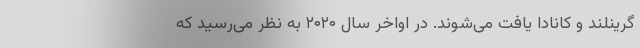
گرینلند و کانادا یافت می‌شوند. در اواخر سال ۲۰۲۰ به نظر می‌رسید که